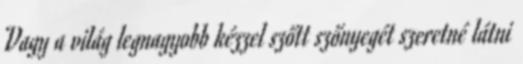
Vagy a világ legnagyobb kézzel szőtt szőnyegét szeretné látni